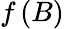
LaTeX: f\left(B\right)